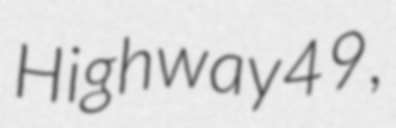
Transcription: Highway 49,